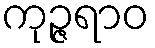
ကုဉ္ဇရာဝ